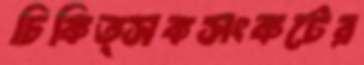
চিকিত্সকসংকটের